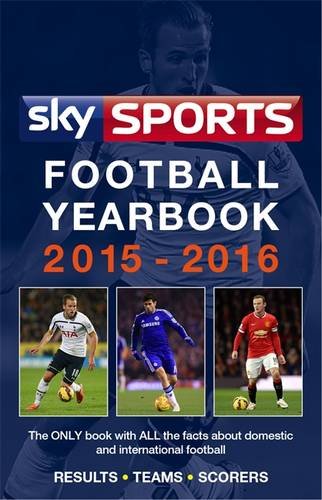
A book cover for Sky Sports Football Yearbook 2015-2016; Headline; Reference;